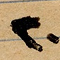
٢٠